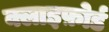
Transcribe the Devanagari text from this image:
क्लाइफ़ोर्ड